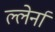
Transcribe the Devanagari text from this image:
ल्लेर्ना